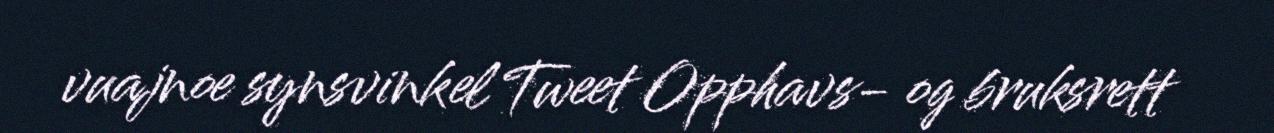
vuajnoe synsvinkel Tweet Opphavs- og bruksrett